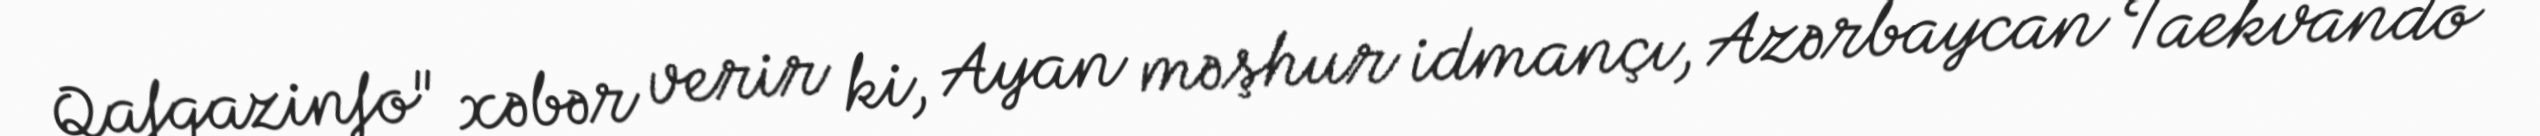
Qafqazinfo" xəbər verir ki, Ayan məşhur idmançı, Azərbaycan Taekvando